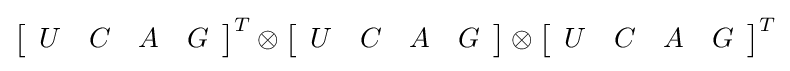
\left[{\begin{array}{rrrr}U&C&A&G\\\end{array}}\right]^{T}\otimes \left[{\begin{array}{rrrr}U&C&A&G\\\end{array}}\right]\otimes \left[{\begin{array}{rrrr}U&C&A&G\\\end{array}}\right]^{T}